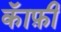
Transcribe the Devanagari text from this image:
कॅाफ़ी